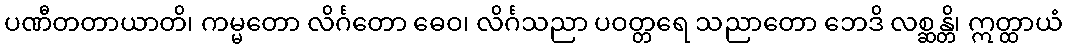
ပဏီတတာယာတိ၊ ကမ္မတော လိင်္ဂတော ဓေဝ၊ လိင်္ဂသညာ ပဝတ္တရေ သညာတော ဘေဒိ လစ္ဆန္တိ၊ ဣတ္ထာယံ